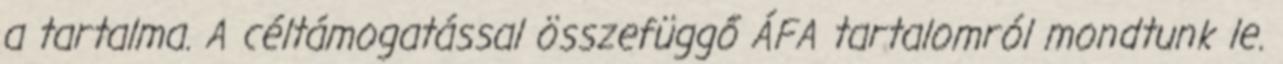
a tartalma. A céltámogatással összefüggő ÁFA tartalomról mondtunk le.